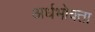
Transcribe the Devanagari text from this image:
अर्धभोक्ता